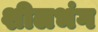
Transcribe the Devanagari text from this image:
शीलभंग